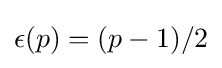
\epsilon (p)=(p-1)/2